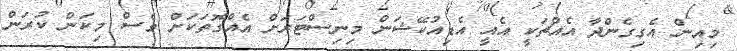
މިއިން އެގިގެންދާ އެއްޗަކީ އެއީ އެޑިއުކޭޝަން މިނިސްޓަރަށް އެއްގޮތަކަށް ވެސް މިކަން ކުރަން